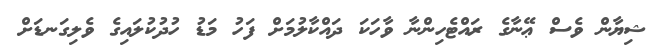
ޝިޔާން ވެސް ޢޭނާގެ ރައްޓެހިންނާ ވާހަކަ ދައްކާލުމަށް ފަހު މަޑު ހުދުކުލައިގެ ވެލިގަނޑަށް